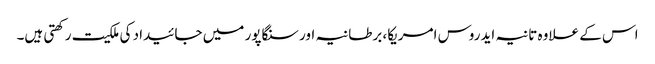
اس کے علاوہ تانیہ ایدروس امریکا، برطانیہ اور سنگاپور میں جائیداد کی ملکیت رکھتی ہیں۔